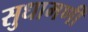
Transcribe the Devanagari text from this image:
सुधामणी